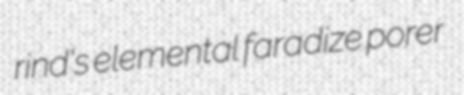
rind's elemental faradize porer